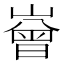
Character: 𡼳